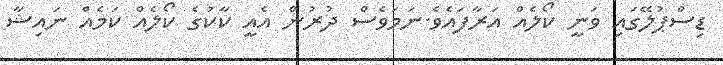
ޑިސްޕުލޭގައި ވަނީ ކޯލެއް އަރާފައެވެ.ނަމަވެސް ދުރުން އެއީ ކާކުގެ ކޯލެއް ކަމެއް ނައިޝާ